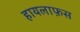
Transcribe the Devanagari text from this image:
हायलाफ़स